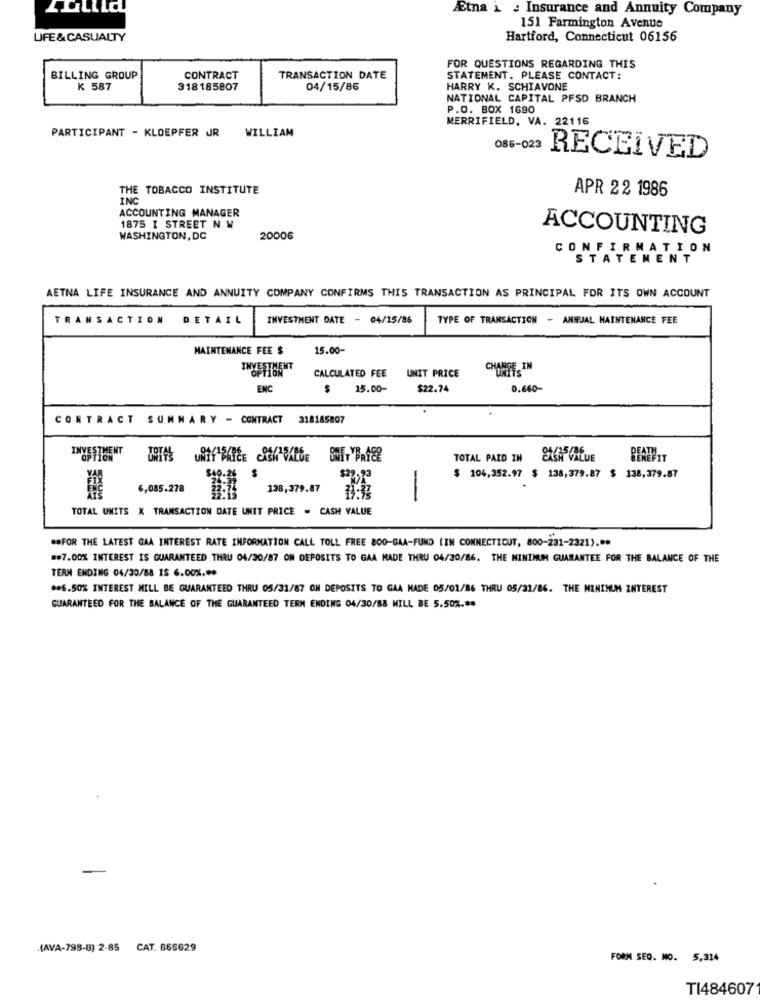
Etna _ : Insurance and Annuity Company
151 Farmington Avenue
LIFE & CASUALTY
Hartford, Connecticut 06156
FOR QUESTIONS REGARDING THIS
BILLING GROUP
CONTRACT
TRANSACTION DATE
STATEMENT. PLEASE CONTACT:
K 587
318185807
04/15/86
HARRY K. SCHIAVONE
NATIONAL CAPITAL PFSD BRANCH
P.O. BOX 1690
MERRIFIELD, VA. 22116
WILLIAM
PARTICIPANT - KLOEPFER JR
086-023
RECEIVED
THE TOBACCO INSTITUTE
APR 22 1986
INC
ACCOUNTING MANAGER
1875 I STREET N W
ACCOUNTING
WASHINGTON, DC
20006
CONFIRMATION
STATEMENT
AETNA LIFE INSURANCE AND ANNUITY COMPANY CONFIRMS THIS TRANSACTION AS PRINCIPAL FOR ITS OWN ACCOUNT
SACTION
DETAIL
INVESTMENT DATE - 04/15/86
TYPE OF TRANSACTION - ANNUAL MAINTENANCE FEE
MAINTENANCE FEE $
15.00-
INVESTMENT
CALCULATED FEE
UNIT PRICE
ENC
$
15.00-
$22.74
0.660-
CONTRACT
SUMMARY
CONTRACT
318185807
INVESTMENT
TOTAL PAID IN
104,352.97 $ 138,379.87
138,379.87
6,085.278
138,379.87
-
TOTAL UNITS X TRANSACTION DATE UNIT PRICE = CASH VALUE
** FOR THE LATEST GAA INTEREST RATE INFORMATION CALL TOLL FREE 800-GAA-FUND (IN CONNECTICUT, 800-231-2321) ...
##7.00% INTEREST IS GUARANTEED THRU 04/20/87 OM DEPOSITS TO GAA MADE THRU 04/30/86. THE MINIMUM GUARANTEE FOR THE BALANCE OF THE
TERN ENDING 04/30/88 IS 6.00% .**
##6.50% INTEREST MILL BE GUARANTEED THRU 05/31/87 ON DEPOSITS TO GAA NADE 05/01/86 THRU 05/31/86. THE MINIMUM INTEREST
GUARANTEED FOR THE BALANCE OF THE GUARANTEED TERN ENDINS 04/30/88 WILL BE 5.50% .**
(AVA-798-8) 2-85 CAT. 665629
FORK SEO. MO. 5,314
TI484607